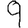
Digit: 9